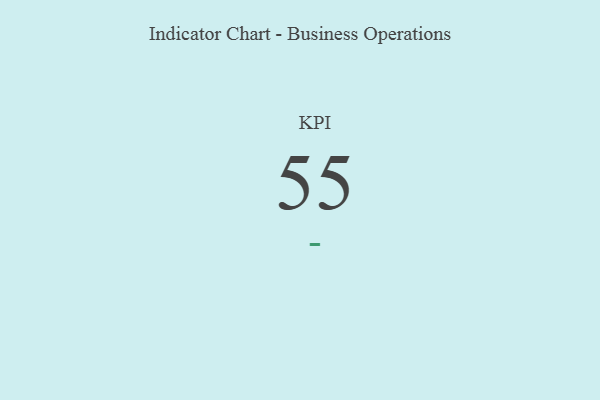
{"axis": {"x": "KPI", "y": "Value"}, "legend": [""], "data": [{"x": "KPI", "y": 55, "type": ""}]}